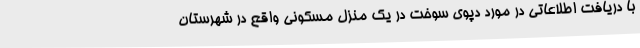
با دریافت اطلاعاتی در مورد دپوی سوخت در یک منزل مسکونی واقع در شهرستان